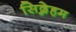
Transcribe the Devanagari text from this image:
सिद्नेहम